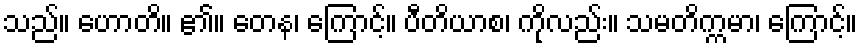
သည်။ ဟောတိ။ ၏။ တေန၊ ကြောင့်။ ပီတိယာစ၊ ကိုလည်း။ သမတိက္ကမာ၊ ကြောင့်။